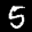
Label: 5